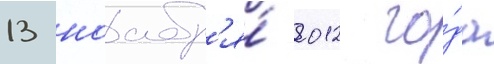
13 ноабр'я́ 2012 го́да